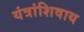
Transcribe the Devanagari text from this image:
यंत्रांशिवाय